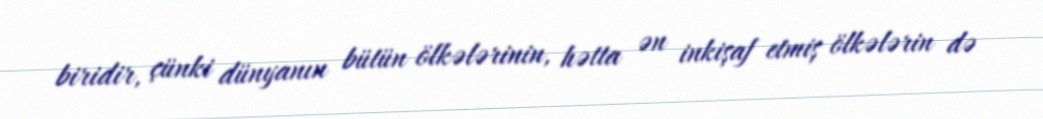
biridir, çünki dünyanın bütün ölkələrinin, hətta ən inkişaf etmiş ölkələrin də